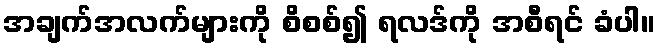
အချက်အလက်များကို စိစစ်၍ ရလဒ်ကို အစီရင် ခံပါ။